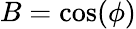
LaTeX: B=\cos(\phi)